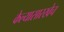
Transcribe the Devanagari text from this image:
केल्यासारखेच